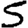
Digit: 5